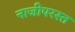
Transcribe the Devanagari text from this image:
नाजीपरस्त